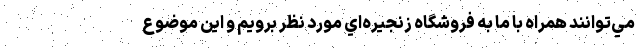
مي‌توانند همراه با ما به فروشگاه زنجيره‌اي مورد نظر برويم و اين موضوع